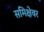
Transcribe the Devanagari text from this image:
समिक्षेवर